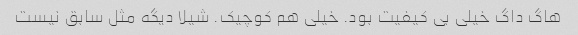
هاگ داگ خیلی بی کیفیت بود. خیلی هم کوچیک. شیلا دیگه مثل سابق نیست